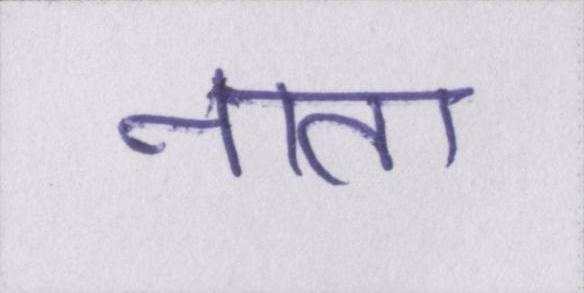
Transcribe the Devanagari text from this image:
नाता